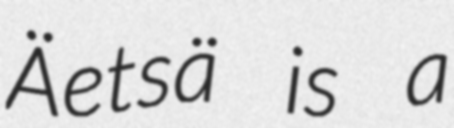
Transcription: Äetsä is a